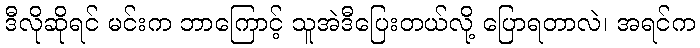
ဒီလိုဆိုရင် မင်းက ဘာကြောင့် သူအဲဒီပြေးတယ်လို့ ပြောရတာလဲ၊ အရင်က